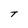
Character: T